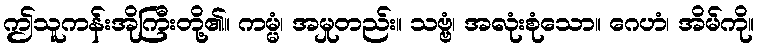
ဤသူကန်းအိုကြီးတို့၏။ ကမ္မံ၊ အမှုတည်း။ သဗ္ဗံ၊ အလုံးစုံသော။ ဂေဟံ၊ အိမ်ကို။